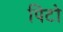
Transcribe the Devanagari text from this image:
पिटो